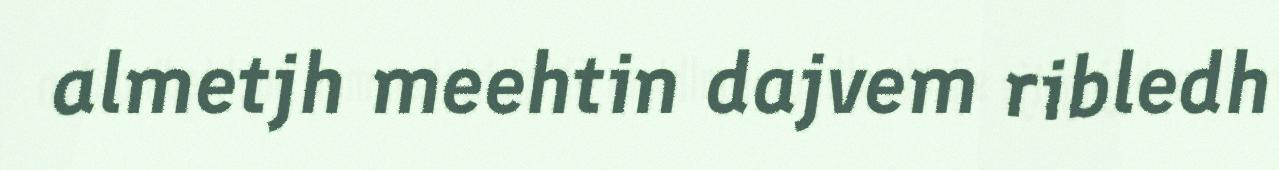
almetjh meehtin dajvem ribledh